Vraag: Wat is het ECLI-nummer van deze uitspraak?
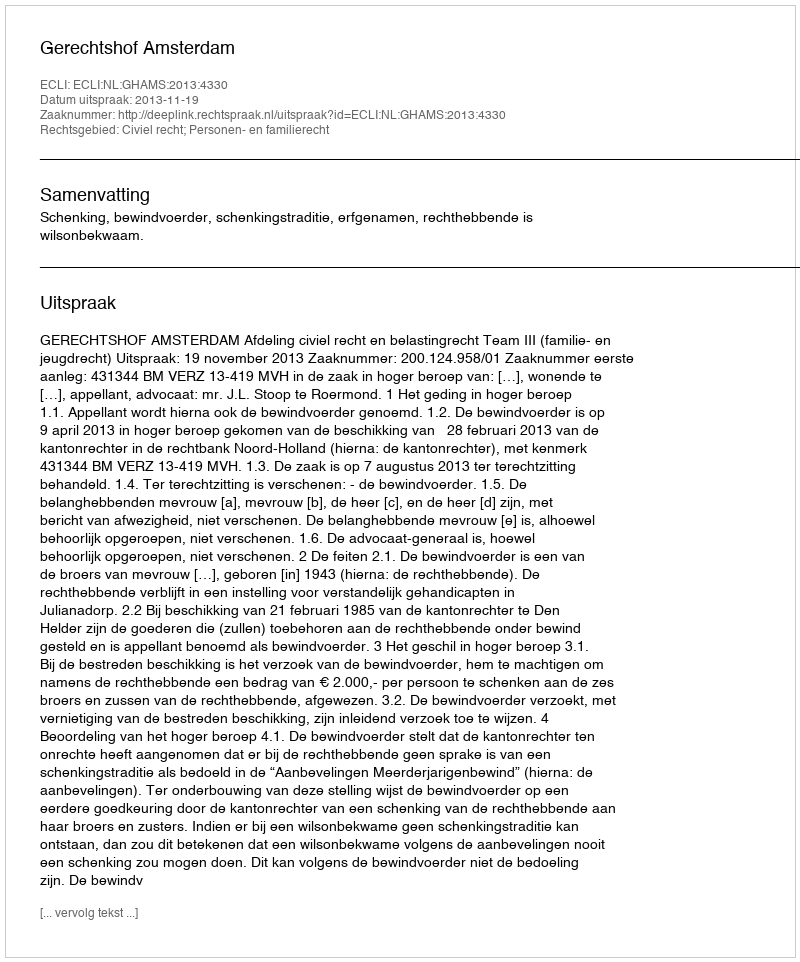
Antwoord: ECLI:NL:GHAMS:2013:4330